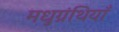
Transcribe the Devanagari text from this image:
मधुग्रंथियाँ